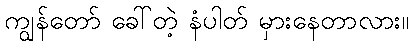
ကျွန်တော် ခေါ်တဲ့ နံပါတ် မှားနေတာလား။